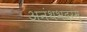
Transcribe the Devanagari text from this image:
अनंथभदरम्